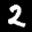
Label: 2